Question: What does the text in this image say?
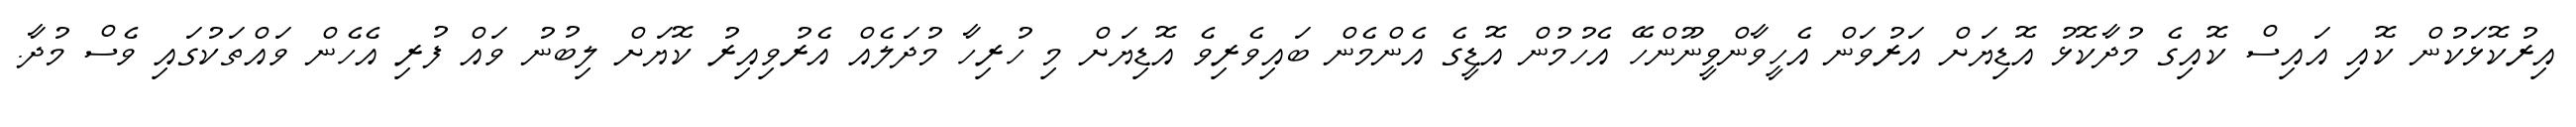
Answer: އިރުކޮޅަކުން ކޮއި އައިސް ކޮއިގެ މުދާކޮޅު އޮޑިޔަށް އަރުވަން އެހީވާންވީނޫންހޭ އެހުމުން އޮޑީގެ އެންމެން ބައިވެރިވެ އޮޑިޔަށް މި ހުރިހާ މުދަލެއް އެރުވިއިރު ކޮޔަށް ލިބުނު ވައް ފުރި އެހެން ވައްތަކުގައި ވެސް މުދާ.